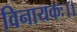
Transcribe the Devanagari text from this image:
विनायकः।।